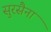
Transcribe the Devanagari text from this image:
सुरसैना